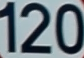
120